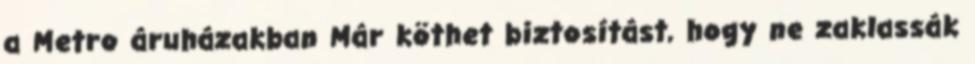
a Metro áruházakban Már köthet biztosítást, hogy ne zaklassák